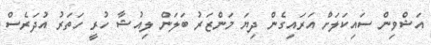
އަޝްވިން ސައިކަލަށް އަރައިގެން ދިޔަ މަންޒަރު ބަލަން ލިއުޝާ ހުރީ ހަތަރު އުދަރެސް